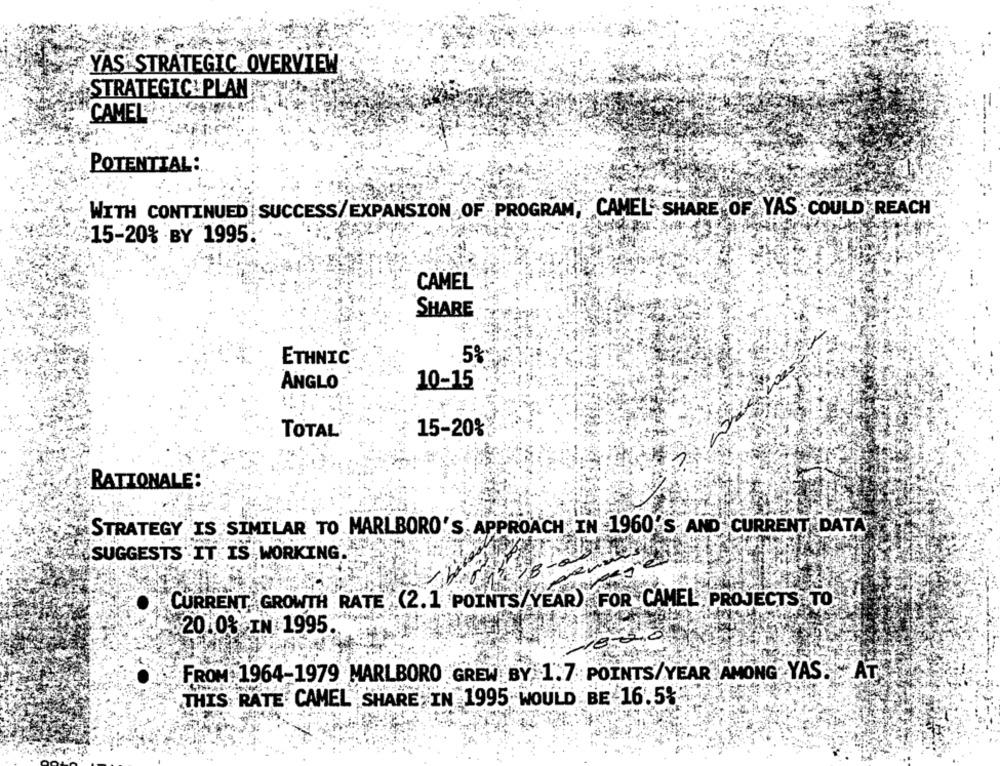
YAS STRATEGIC OVERVIEW
STRATEGIC PLAN
CAMEL
POTENTIAL:
WITH CONTINUED SUCCESS/EXPANSION OF PROGRAM, CAMEL' SHARE OF YAS COULD REACH
15-20% BY 1995.
CAMEL
SHARE
5%
ETHNIC
ANGLO
10-15
TOTAL
15-20%
RATIONALE:
STRATEGY IS SIMILAR TO MARLBORO'S APPROACH IN 1960'S AND CURRENT DATA
"SUGGESTS IT IS WORKING.
CURRENT GROWTH RATE (2.1 POINTS/YEAR) FOR CAMEL, PROJECTS TO.
2010% IN 1995
FROM 1964-1979 MARLBORO GREW BY 1.7 POINTS/YEAR AMONG YAS. " AT
THIS RATE CAMEL SHARE IN 1995 WOULD BE 16.5%